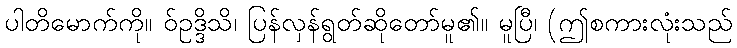
ပါတိမောက်ကို။ ဝ်ဥဒ္ဒိသိ၊ ပြန်လှန်ရွတ်ဆိုတော်မူ၏။ မူပြီ၊ (ဤစကားလုံးသည်